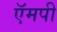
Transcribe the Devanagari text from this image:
ऍमपी